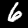
Label: 6